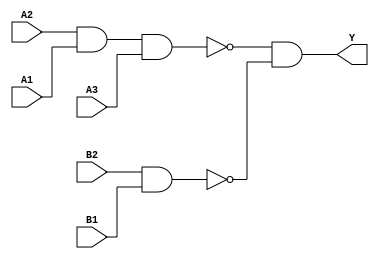
/*
 * Copyright 2020 The SkyWater PDK Authors
 *
 * Licensed under the Apache License, Version 2.0 (the "License");
 * you may not use this file except in compliance with the License.
 * You may obtain a copy of the License at
 *
 *     https://www.apache.org/licenses/LICENSE-2.0
 *
 * Unless required by applicable law or agreed to in writing, software
 * distributed under the License is distributed on an "AS IS" BASIS,
 * WITHOUT WARRANTIES OR CONDITIONS OF ANY KIND, either express or implied.
 * See the License for the specific language governing permissions and
 * limitations under the License.
 *
 * SPDX-License-Identifier: Apache-2.0
*/


`ifndef SKY130_FD_SC_LS__A32OI_FUNCTIONAL_V
`define SKY130_FD_SC_LS__A32OI_FUNCTIONAL_V

/**
 * a32oi: 3-input AND into first input, and 2-input AND into
 *        2nd input of 2-input NOR.
 *
 *        Y = !((A1 & A2 & A3) | (B1 & B2))
 *
 * Verilog simulation functional model.
 */

`timescale 1ns / 1ps
`default_nettype none

`celldefine
module sky130_fd_sc_ls__a32oi (
    Y ,
    A1,
    A2,
    A3,
    B1,
    B2
);

    // Module ports
    output Y ;
    input  A1;
    input  A2;
    input  A3;
    input  B1;
    input  B2;

    // Local signals
    wire nand0_out ;
    wire nand1_out ;
    wire and0_out_Y;

    //   Name   Output      Other arguments
    nand nand0 (nand0_out , A2, A1, A3          );
    nand nand1 (nand1_out , B2, B1              );
    and  and0  (and0_out_Y, nand0_out, nand1_out);
    buf  buf0  (Y         , and0_out_Y          );

endmodule
`endcelldefine

`default_nettype wire
`endif  // SKY130_FD_SC_LS__A32OI_FUNCTIONAL_V